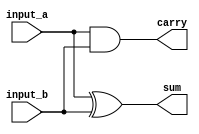
//include guard
`ifndef adder_half_1bit
	`define adder_half_1bit
	// 
	//  | Reference Data
	// 		http://www.asic-world.com/verilog/compiler2.html#%60timescale
	`timescale 1ns / 100ps

	/*  | Module Name
			
		  | Copyright Declaration
				copyright 2012 (pika1021@gmail.com) */
	module adder_half_1bit(carry, sum, input_a, input_b);
		//port 
		output carry, sum;
		input input_a, input_b;
		
		xor gate_sum(sum, input_a, input_b);
		and gate_carry(carry, input_a, input_b);

	endmodule
`endif